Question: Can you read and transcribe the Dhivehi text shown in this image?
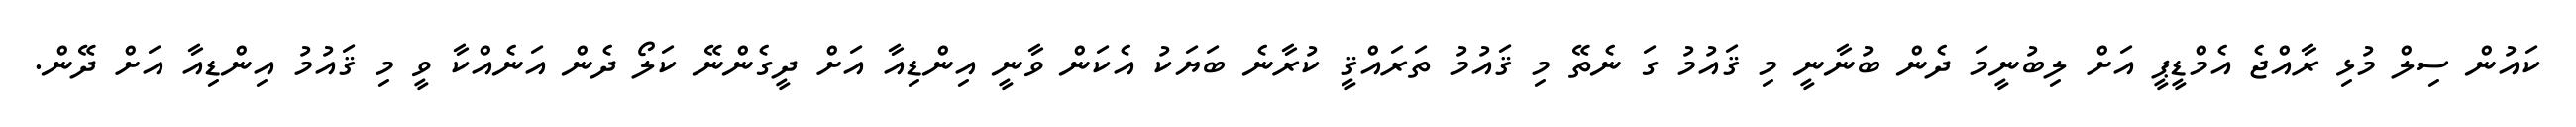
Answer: ކައުން ސިލް މުޅި ރާއްޖެ އެމްޑީޕީ އަށް ލިބުނީމަ ދެން ބުނާނީ މި ޤައުމު ގަ ނެތޭ މި ޤައުމު ތަރައްޤީ ކުރާނެ ބަޔަކު އެކަން ވާނީ އިންޑިއާ އަށް ދީގެންނޭ ކަލޯ ދެން އަނެއްކާ ވީ މި ޤައުމު އިންޑިއާ އަށް ދޭން.